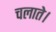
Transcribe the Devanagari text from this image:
चलाते।